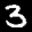
Label: 3